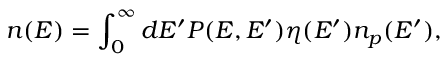
n ( E ) = \int _ { 0 } ^ { \infty } d E ^ { \prime } P ( E , E ^ { \prime } ) \eta ( E ^ { \prime } ) n _ { p } ( E ^ { \prime } ) ,